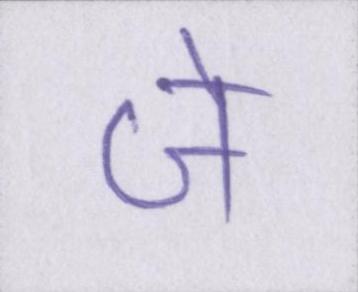
जे